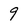
Character: 9